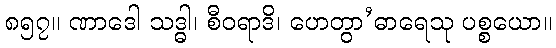
၈၅၇။ ဏာဒေါ သဒ္ဓါ၊ စီဝရာဒိ၊ ဟေတွာ’ဓာရေသု ပစ္စယော။